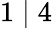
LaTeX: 1\mid 4